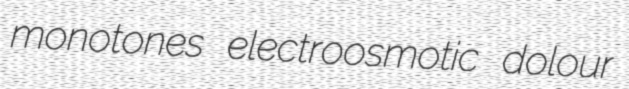
monotones electroosmotic dolour